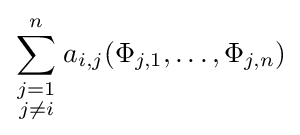
\sum _{\scriptstyle j=1 \atop \scriptstyle j\neq i}^{n}a_{i,j}(\Phi _{j,1},\ldots ,\Phi _{j,n})